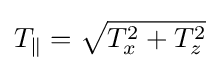
T_{\parallel }={\sqrt {T_{x}^{2}+T_{z}^{2}}}